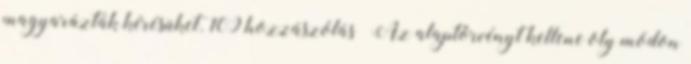
magyarázták kérésüket. 109 hozzászólás „Az alaptörvényt kellene oly módon